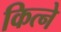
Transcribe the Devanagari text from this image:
कित्ने